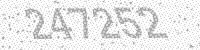
Solution: 247252